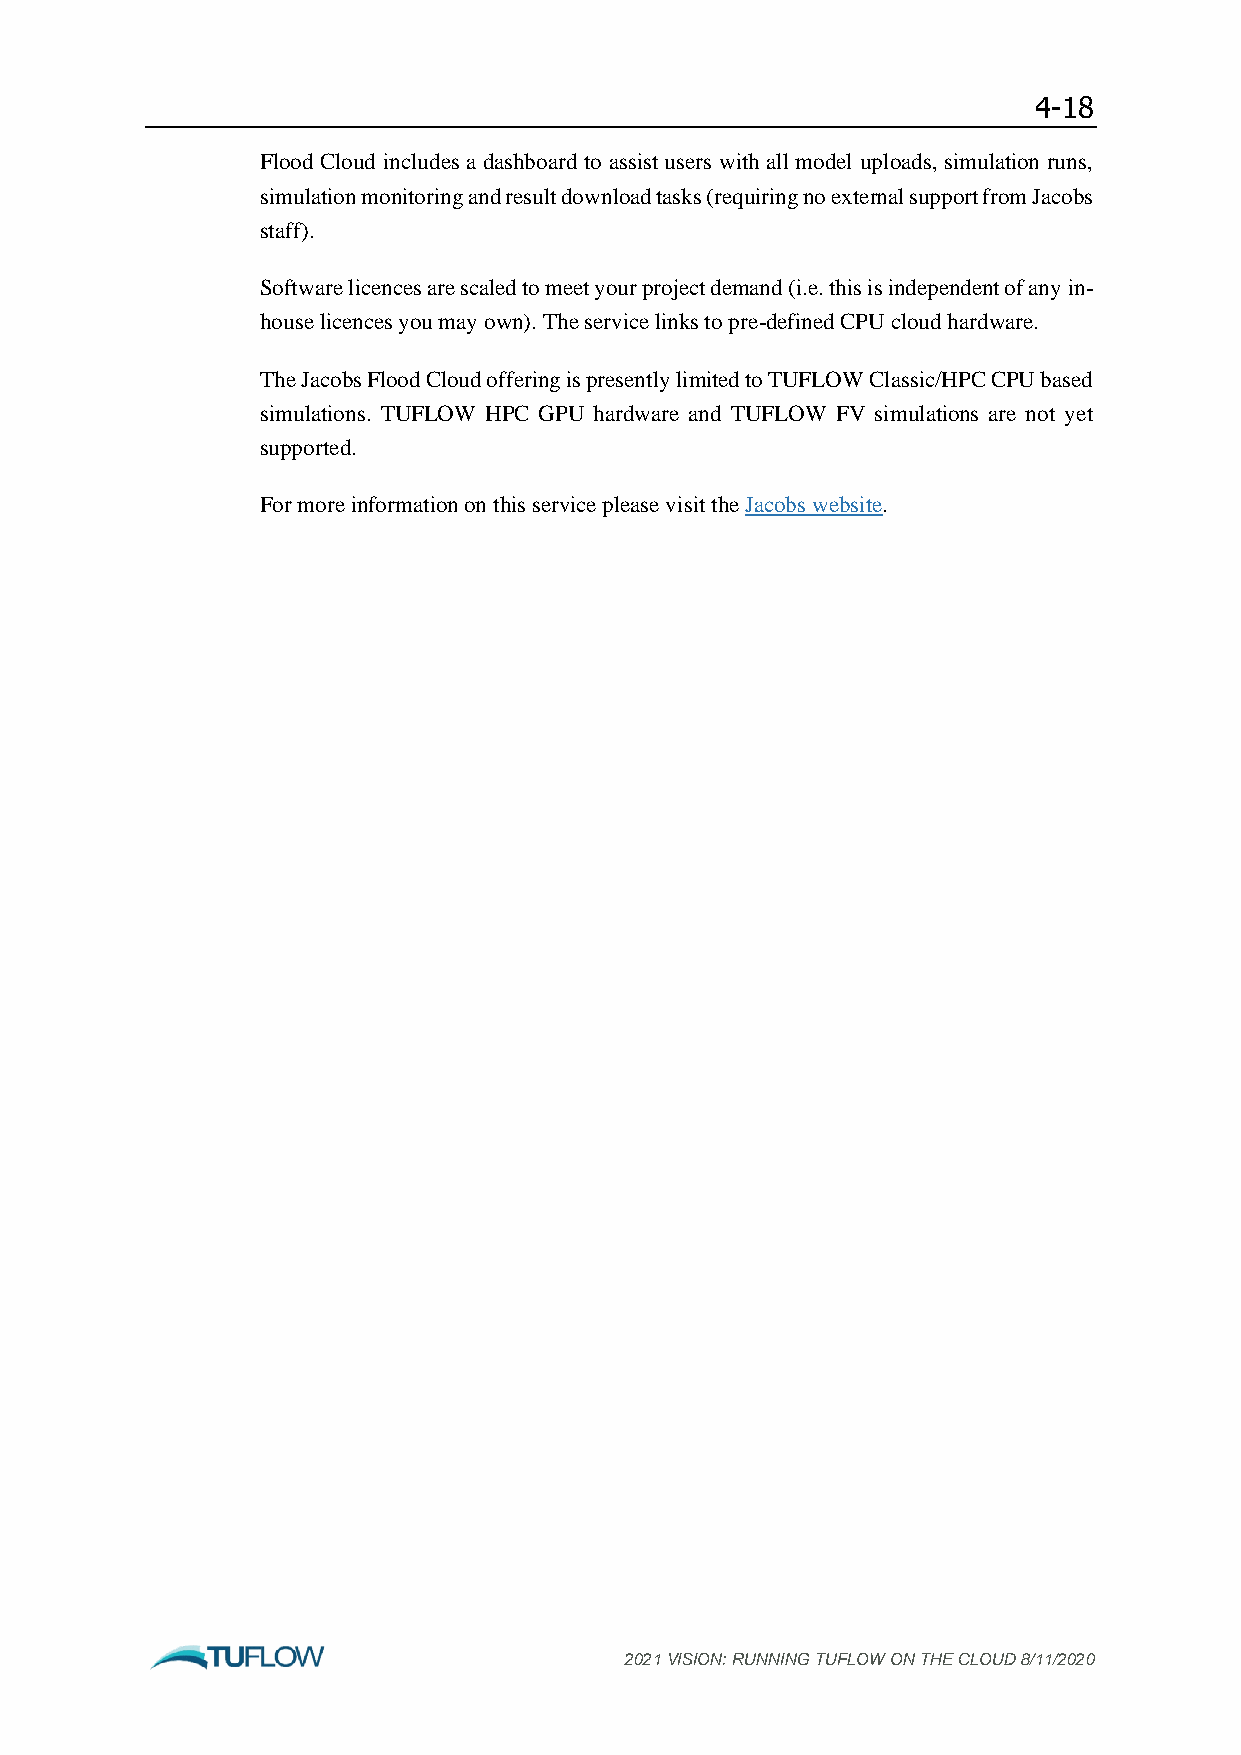
4-18
 Flood Cloud includes a dashboard to assist users with all model uploads, simulation runs,
 simulation monitoring and result download tasks (requiring no external support from Jacobs
 staff).
 Software licences are scaled to meet your project demand (i.e. this is independent of any in-
 house licences you may own). The service links to pre-defined CPU cloud hardware.
 The Jacobs Flood Cloud offering is presently limited to TUFLOW Classic/HPC CPU based
 simulations. TUFLOW HPC GPU hardware and TUFLOW FV simulations are not yet
 supported.
 For more information on this service please visit the Jacobs website.
 2021 VISION: RUNNING TUFLOW ON THE CLOUD 8/11/2020